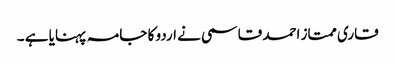
قاری ممتاز احمد قاسمی نے اردو کا جامہ پہنایا ہے ۔